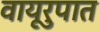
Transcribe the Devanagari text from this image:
वायूरुपात